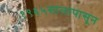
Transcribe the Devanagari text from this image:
१९६५सालापासून